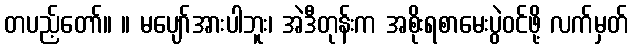
တပည့်တော်။ ။ မပျော်အားပါဘူး၊ အဲဒီတုန်းက အစိုးရစာမေးပွဲဝင်ဖို့ လက်မှတ်